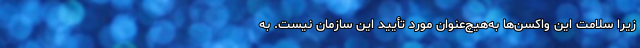
زیرا سلامت این واکسن‌ها به‌هیچ‌عنوان مورد تأیید این سازمان نیست. به